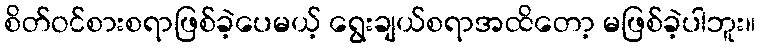
စိတ်ဝင်စားစရာဖြစ်ခဲ့ပေမယ့် ရွေးချယ်စရာအထိတော့ မဖြစ်ခဲ့ပါဘူး။